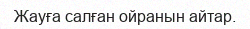
Жауға салған ойранын айтар.